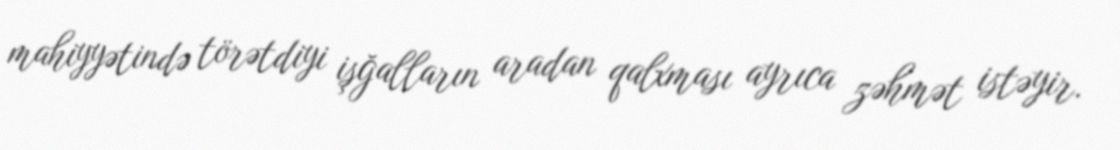
mahiyyətində törətdiyi işğalların aradan qalxması ayrıca zəhmət istəyir.